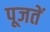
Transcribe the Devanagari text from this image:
पूजतें